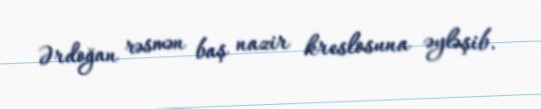
Ərdoğan rəsmən baş nazir kreslosuna əyləşib.